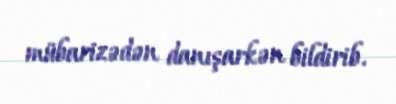
mübarizədən danışarkən bildirib.